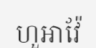
ហួអាវ៉ែ